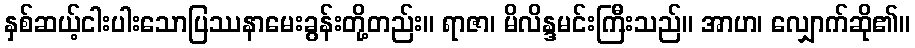
နှစ်ဆယ့်ငါးပါးသောပြဿနာမေးခွန်းတို့တည်း။ ရာဇာ၊ မိလိန္ဒမင်းကြီးသည်။ အာဟ၊ လျှောက်ဆို၏။